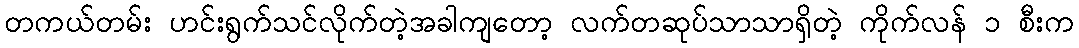
တကယ်တမ်း ဟင်းရွက်သင်လိုက်တဲ့အခါကျတော့ လက်တဆုပ်သာသာရှိတဲ့ ကိုက်လန် ၁ စီးက